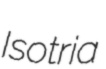
Isotria